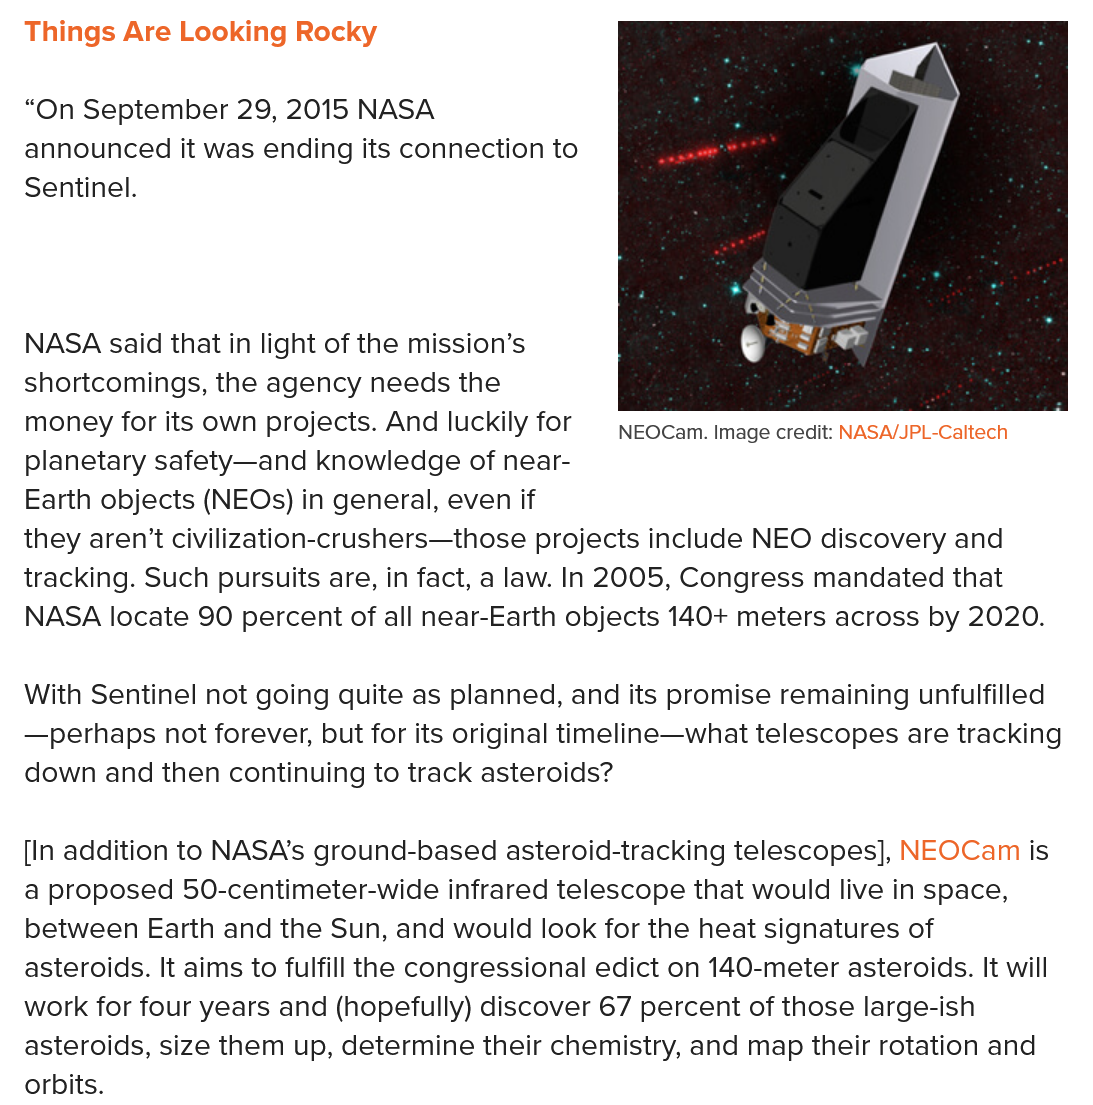
Things Are Looking  Rocky
  NASA said  that in light of the mission’s
     “
  shortcomings, the agency needs the
  pe
     ie
  ey
  money for its own projects. And luckily for
     \eocam. image credit: NASA/JPL-Caltech
  planetary safety—and knowledge  of near-
  Earth objects (NEOs) in general, even if
  they aren't civilization-crushers—those projects include NEO discovery and
  tracking. Such pursuits are, in fact, a law. In 2005, Congress mandated that
  NASA locate  90 percent of all near-Earth objects 140+ meters across by 2020.
  With Sentinel not going quite as planned, and its promise remaining unfulfilled
  —perhaps not forever, but for its original timeline—what telescopes are tracking
  down  and then continuing to track asteroids?
  [In addition to NASA's ground-based asteroid-tracking telescopes], NEOCam is
  a proposed  50-centimeter-wide infrared telescope that would live in space,
  between  Earth and the Sun, and would look for the heat signatures of
  asteroids. It aims to fulfill the congressional edict on 140-meter asteroids. It will
  work for four years and (hopefully) discover 67 percent of those large-ish
  asteroids, size them up, determine their chemistry, and map their rotation and
  orbits.
  “On  September  29, 2015 NASA
  announced it was ending its connection to
  Sentinel.